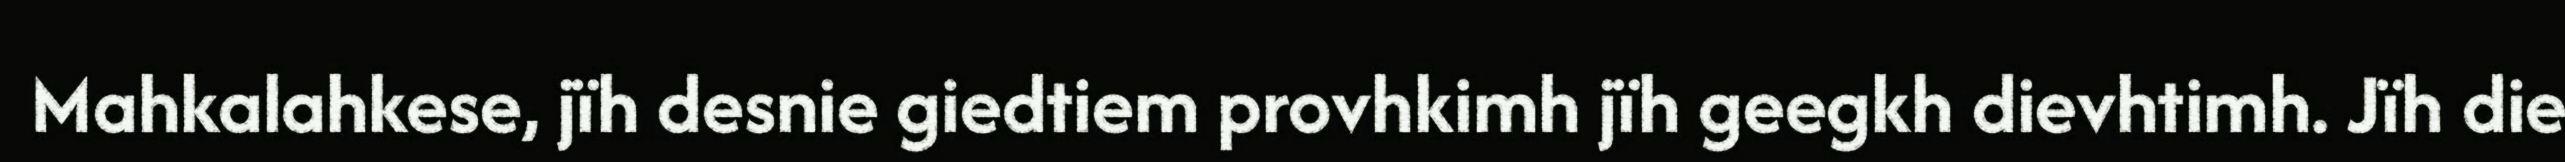
Mahkalahkese, jïh desnie giedtiem provhkimh jïh geegkh dievhtimh. Jïh die